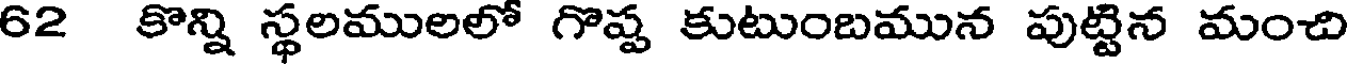
62 కొన్ని స్థలములలో గొష్ట కుటుంబమున పుట్టిన మంచి